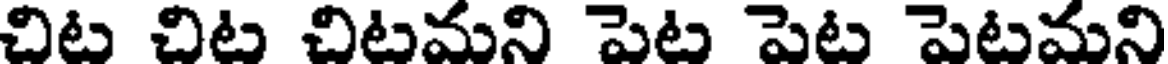
చిట చిట చిటమని పెట పెట పెటమని